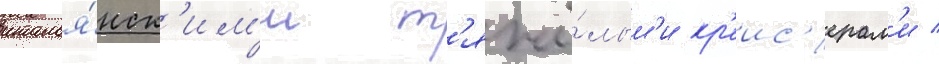
италья́нск'им'и т'яжё́лым'и кр'еис'ерам'и /